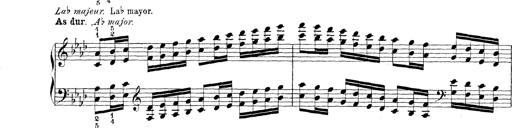
Title: Technische Studien
Composer: Franz Liszt